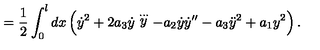
= \frac { 1 } { 2 } \int _ { 0 } ^ { l } d x \left( \dot { y } ^ { 2 } + 2 a _ { 3 } \dot { y } \stackrel { \ldots } { y } - a _ { 2 } \dot { y } \dot { y } ^ { \prime \prime } - a _ { 3 } \ddot { y } ^ { 2 } + a _ { 1 } y ^ { 2 } \right) .